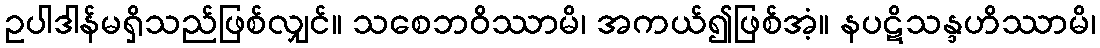
ဥပါဒါန်မရှိသည်ဖြစ်လျှင်။ သစေဘဝိဿာမိ၊ အကယ်၍ဖြစ်အံ့။ နပဋိသန္ဒဟိဿာမိ၊